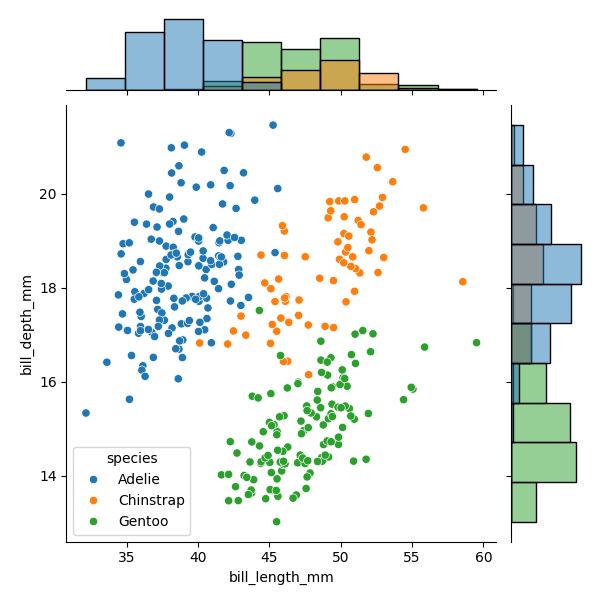
python, seaborn, JointGrid, scatterplot, histplot, hue